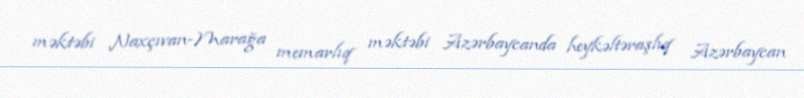
məktəbi Naxçıvan-Marağa memarlıq məktəbi Azərbaycanda heykəltəraşlıq Azərbaycan